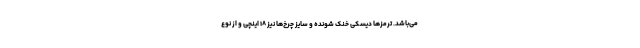
می‌باشد. ترمزها دیسکی خنک شونده و سایز چرخ‌ها نیز ۱۸ اینچی و از نوع